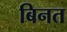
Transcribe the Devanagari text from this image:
बिनत